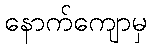
နောက်ကျောမှ